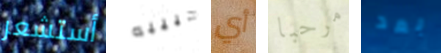
أستشعر حبيبه أي مرحبا بعد